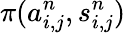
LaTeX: \pi(a_{i,j}^{n},s_{i,j}^{n})